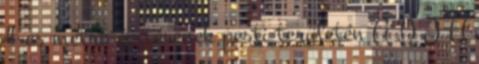
4-es metró építésének pesti területén A D J U